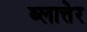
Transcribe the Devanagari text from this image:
ब्लात्तेर